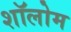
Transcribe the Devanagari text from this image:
शॉलोम